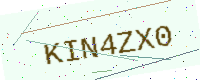
Text: KIN4ZX0